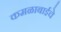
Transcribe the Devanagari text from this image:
कमळाबाईचे